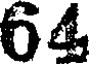
64